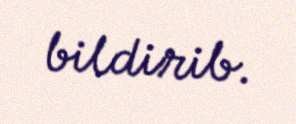
bildirib.